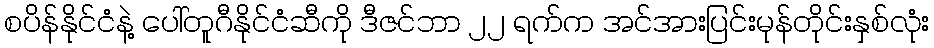
စပိန်နိုင်ငံနဲ့ ပေါ်တူဂီနိုင်ငံဆီကို ဒီဇင်ဘာ ၂၂ ရက်က အင်အားပြင်းမုန်တိုင်းနှစ်လုံး